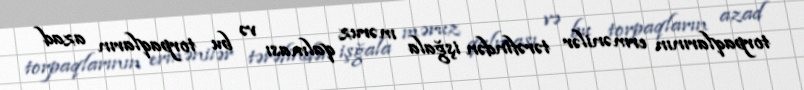
torpaqlarının ermənilər tərəfindən işğala məruz qalması və bu torpaqların azad